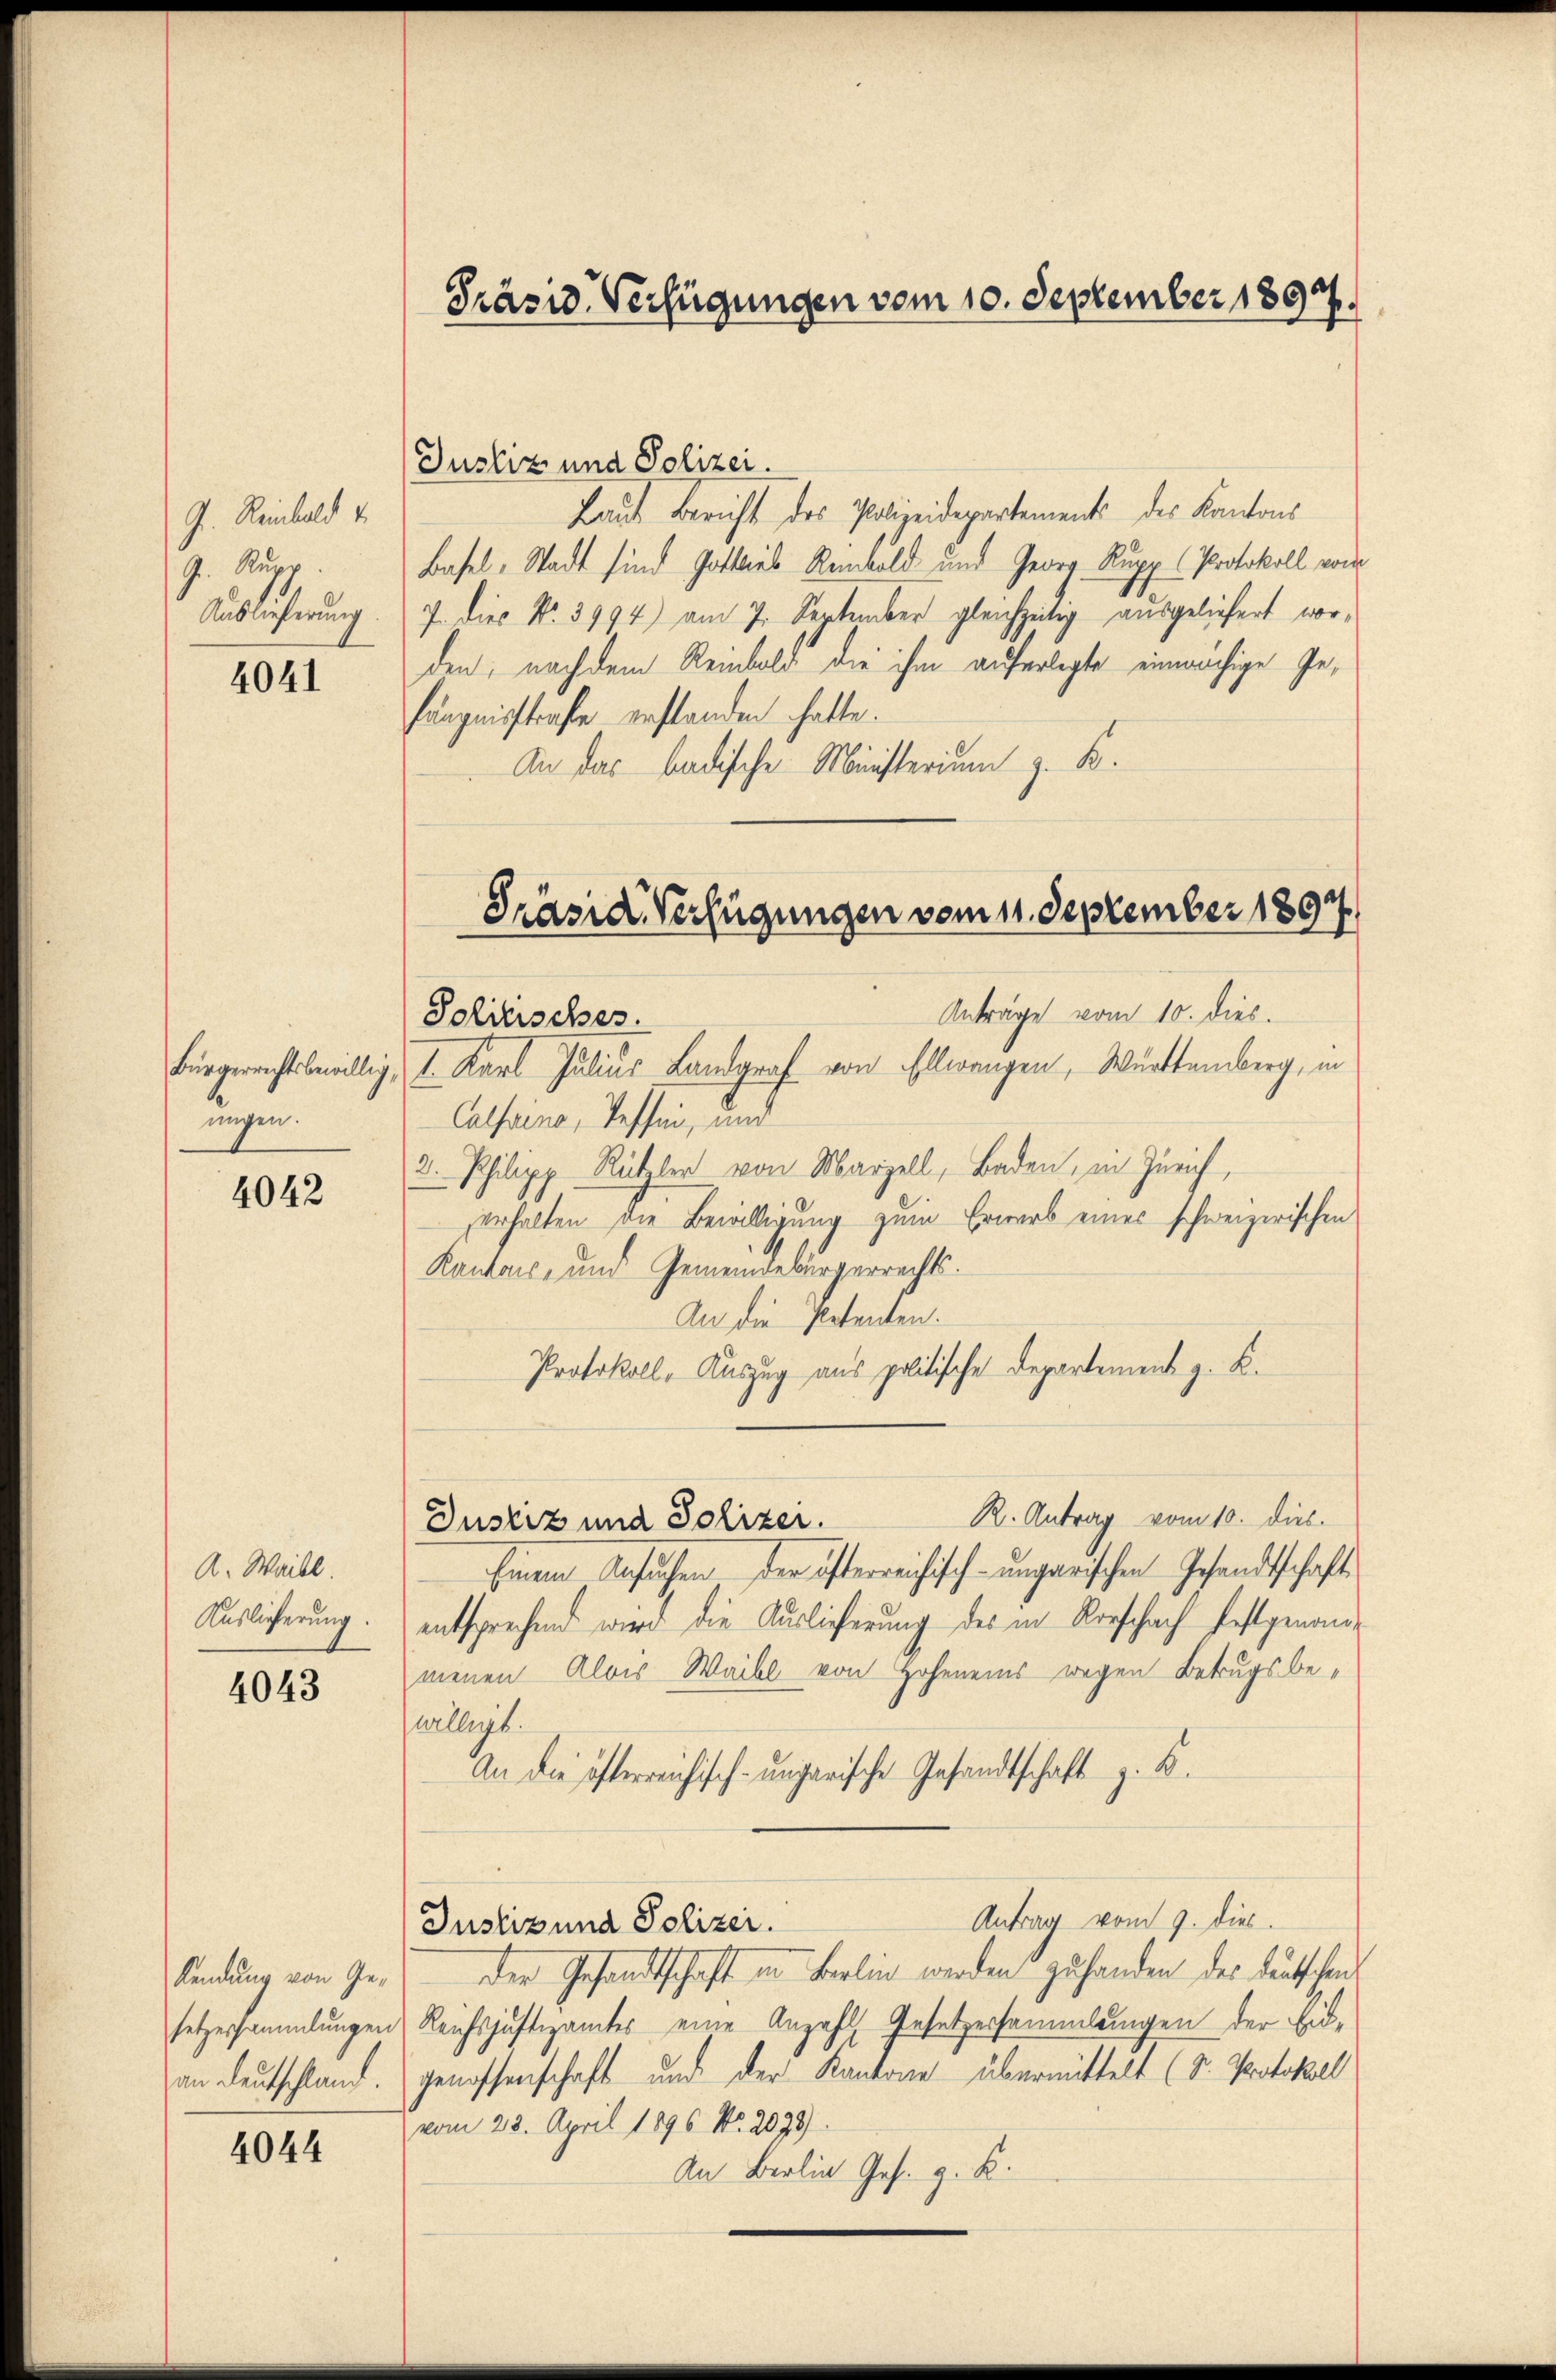
J. Reinbald v
J. Rupp
Auslieferung

4041

ungen.

4042

A. Waibl.

4043

Kendung von Ge¬

4044

Präsid. Verfügungen vom 10. September 1892.

Justiz und Polizei.
Laut Bericht des Polizeidepartements des Kantons
Basel-Stadt sind Gottlieb Reinbold und Georg Rupp (Protokoll vom
7. Die No. 3994) am 7. September gleichzeitig ausgeliefert worden; nach dem Reinbold die ihm auferlegte einwächige Gefängnisstrafe erstanden hatte.
 An das badische Ministerium z. B.

Anträge vom 10. dies.
Solitisches.
Bürgerrichtsbewillig, 1. Karl Julius Landgraf von Ellwangen, Württemberg, in
Calsaine, Tessin, und
2. Philipp Rützler von Marzell, Baden, in Zürich,
erhalten die Bewilligung zum Erwerb eines schweizerischen
Kantons- und Gemeindebürgerrechts¬
An die Petenten.
Protokoll, Auszug aus politische Departement z. B.
R. Antrag vom 10. dies
Justiz und Polizer.
seinem Ansuchen der österreichisch-ungarischen Gesandtschaft
Auslieferung. entsprechend wird die Auslieferung des in Rorschach festgenommenen Alois Waibl von Hoheneins wegen Betrugsbewilligt.
An die österreichisch-ungarische Gesandtschaft z. B.
Antrag vom 9. dies
Justiz und Polizei.
der Gesandtschaft in Berlin werden zu handen des deutschen
setzessammlungen Reichsjustizamtes eine Anzahl Gesetzessammlungen der Eidan Deutschland. Genossenschaft und der Kantone übermittelt (Dr. Protokoll
vom 23. April 1896 No. 2099).
An Berlin Ges. z. B.

Präsid. Verfügungen vom 11. September 1894